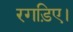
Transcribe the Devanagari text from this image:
रगड़िए।